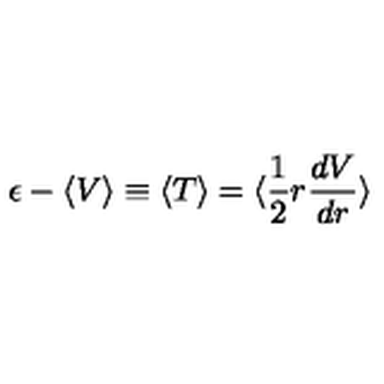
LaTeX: \epsilon - \langle V \rangle \equiv \langle T \rangle = \langle \frac { 1 } { 2 } r \frac { d V } { d r } \rangle